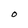
Character: O